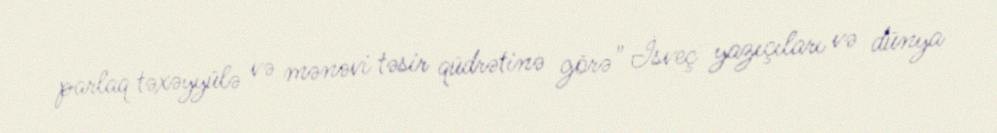
parlaq təxəyyülə və mənəvi təsir qüdrətinə görə" İsveç yazıçıları və dünya